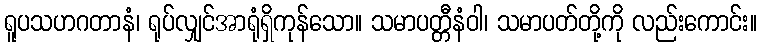
ရူပသဟဂတာနံ၊ ရုပ်လျှင်အာရုံရှိကုန်သော။ သမာပတ္တီနံဝါ၊ သမာပတ်တို့ကို လည်းကောင်း။